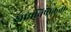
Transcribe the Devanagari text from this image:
खाद्यविषाक्तता